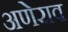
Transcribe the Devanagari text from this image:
अणेराव